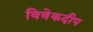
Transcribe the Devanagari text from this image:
विवेकदीप